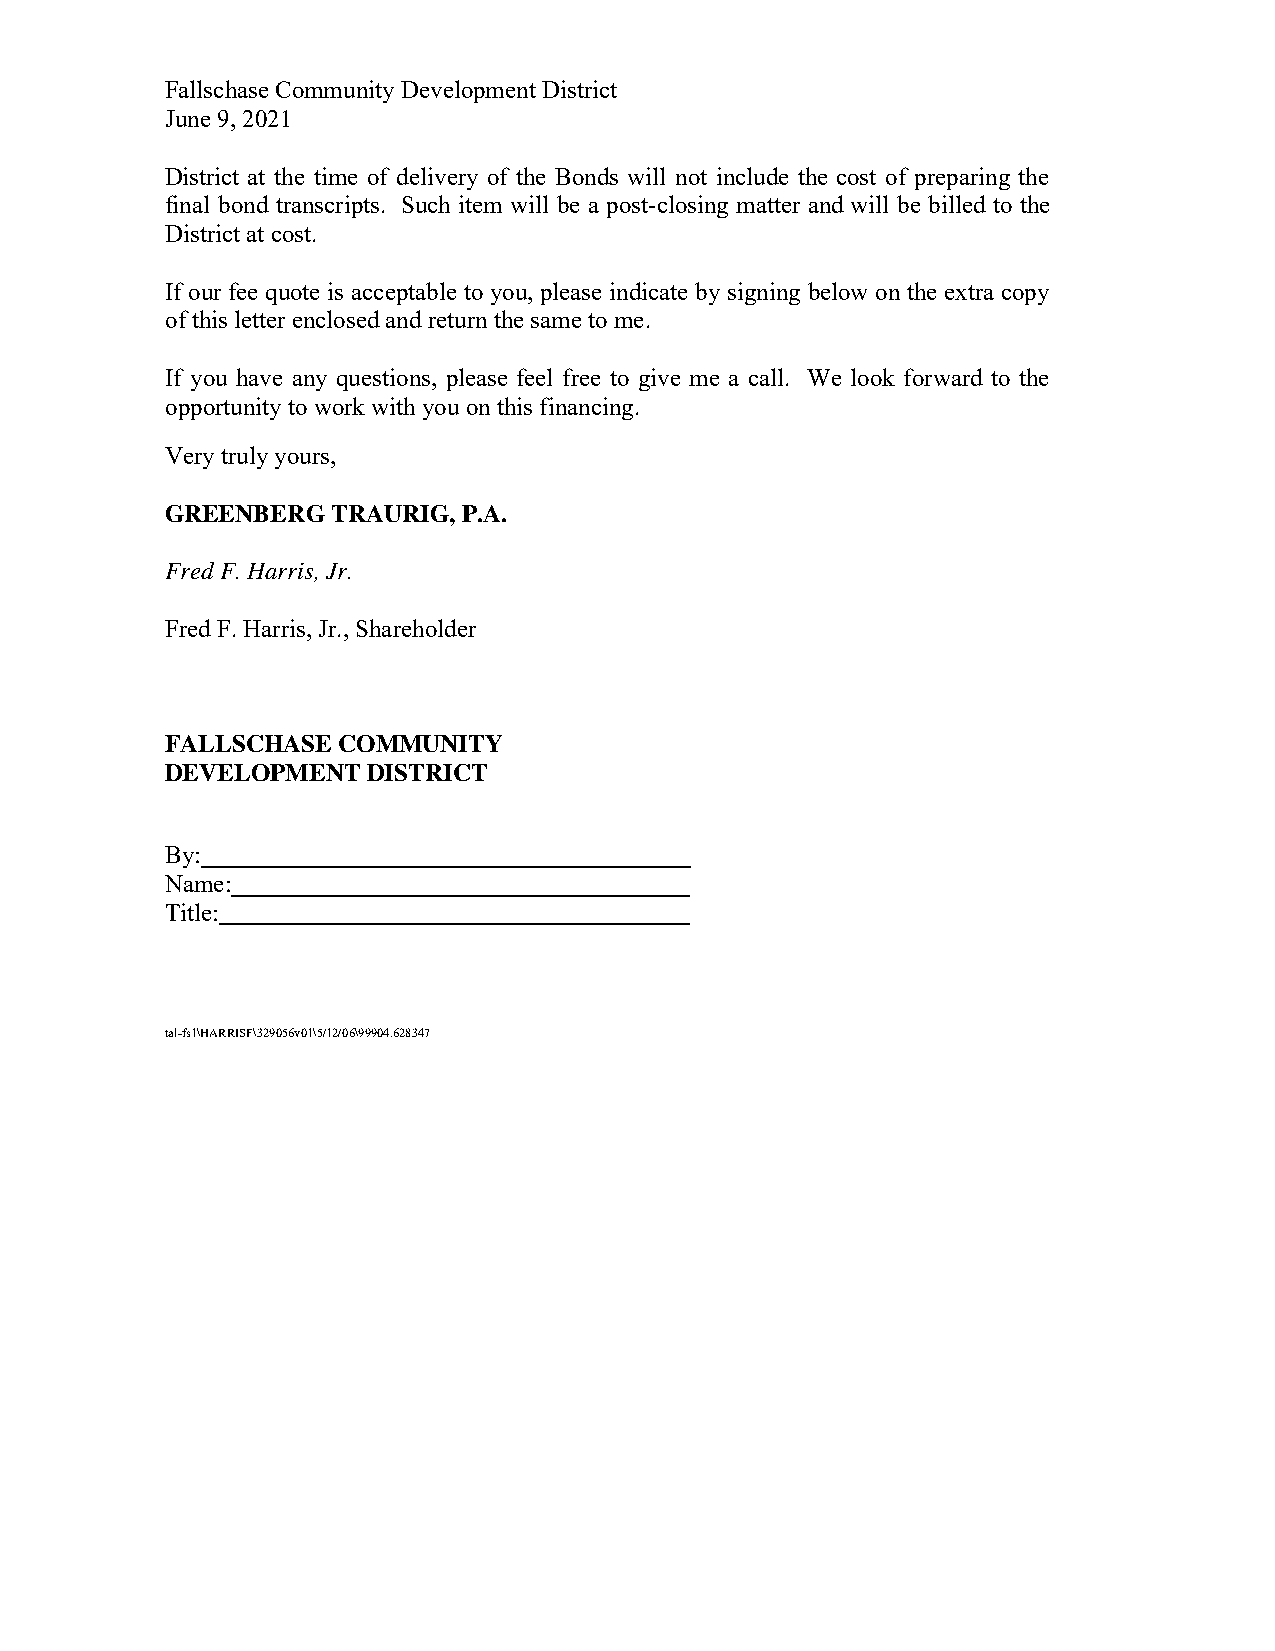
Fallschase Community Development District
 June 9, 2021
 District at the time of delivery of the Bonds will not include the cost of preparing the
 final bond transcripts. Such item will be a post-closing matter and will be billed to the
 District at cost.
 If our fee quote is acceptable to you, please indicate by signing below on the extra copy
 of this letter enclosed and return the same to me.
 If you have any questions, please feel free to give me a call. We look forward to the
 opportunity to work with you on this financing.
 Very truly yours,
 GREENBERG  TRAURIG, P.A.
 Fred F. Harris, Jr.
 Fred F. Harris, Jr., Shareholder
 FALLSCHASE COMMUNITY
 DEVELOPMENT  DISTRICT
 By:
 Name:
 Title:
 tal-fs1\HARRISF\329056v01\5/12/06\99904.628347